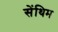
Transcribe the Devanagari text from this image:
सेंथिम